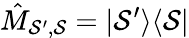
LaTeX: \hat{M}_{\mathcal{S}^{\prime},\mathcal{S}}=|\mathcal{S}^{\prime}\rangle\langle\mathcal{S}|